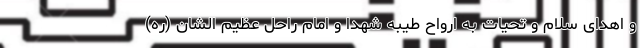
و اهدای سلام و تحیات به ارواح طیبه شهدا و امام راحل عظیم الشان (ره)